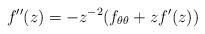
LaTeX: \begin{align*}f''(z) = - z^{-2}(f_{\theta \theta} + zf'(z))\end{align*}